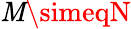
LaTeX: \mathit{M}\simeqN